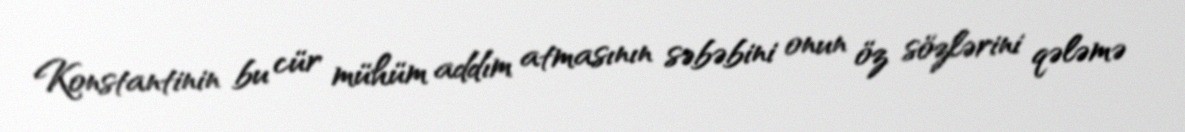
Konstantinin bu cür mühüm addım atmasının səbəbini onun öz sözlərini qələmə